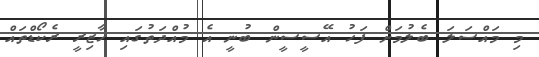
މި މައްސަލަ ބެލުމަށް ފަހު އޭސީސީން ބުނީ އެ މުއްދަތުގައި ހާޒިރީ ރެކޯޑްތައް